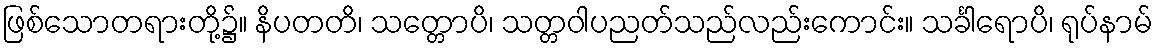
ဖြစ်သောတရားတို့၌။ နိပတတိ၊ သတ္တောပိ၊ သတ္တဝါပညတ်သည်လည်းကောင်း။ သင်္ခါရောပိ၊ ရုပ်နာမ်